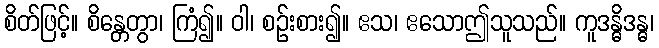
စိတ်ဖြင့်။ စိန္တေတွာ၊ ကြံ၍။ ဝါ၊ စဉ်းစား၍။ ဧသ၊ ဧသောဤသူသည်။ ကူဒန္ဓိဒန္ဓ၊